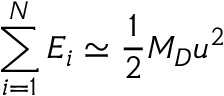
\sum _ { i = 1 } ^ { N } E _ { i } \simeq \frac { 1 } { 2 } M _ { D } u ^ { 2 }